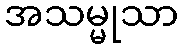
အသမ္မုသာ